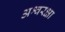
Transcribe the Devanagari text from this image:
अश्वरक्षा